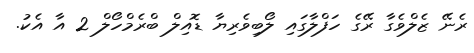
ރެނޭ ޒެލްވެގާ ރޭގެ ހަފްލާގައި ލޯބިވެރިޔާ ޑޮއިލް ބްރެމްހޯލް 2 އާ އެކު.